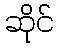
ဆိုင်